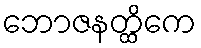
ဘောဇနတ္ထိကေ